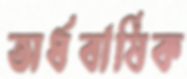
অর্ধবার্ষিক